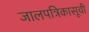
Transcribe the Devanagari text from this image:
जालपत्रिकासूची